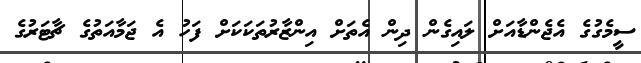
ސީމެގުގެ އެޖެންޑާއަށް ލައިގެން ދިން އެތަށް އިންޒާރުތަކަކަށް ފަހު އެ ޖަމާއަތުގެ ޗާޓަރުގެ